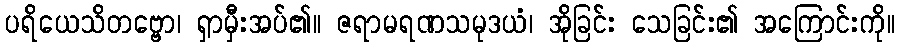
ပရိယေသိတဗ္ဗော၊ ရှာမှီးအပ်၏။ ဇရာမရဏသမုဒယံ၊ အိုခြင်း သေခြင်း၏ အကြောင်းကို။